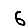
Digit: 6